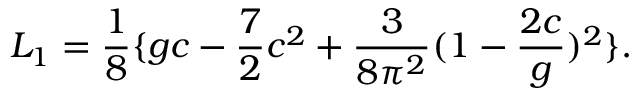
L _ { 1 } = { \frac { 1 } { 8 } } \{ g c - { \frac { 7 } { 2 } } c ^ { 2 } + { \frac { 3 } { 8 \pi ^ { 2 } } } ( 1 - { \frac { 2 c } { g } } ) ^ { 2 } \} .